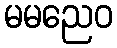
မမညေဝ